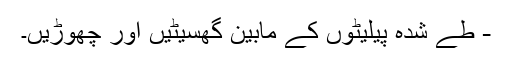
- طے شدہ پیلیٹوں کے مابین گھسیٹیں اور چھوڑیں۔